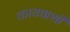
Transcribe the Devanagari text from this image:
कायद्याशी